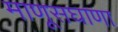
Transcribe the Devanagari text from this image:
माणूसघाणा